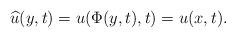
LaTeX: \begin{align*} \widehat u(y,t)=u(\Phi(y,t),t)=u(x,t).\end{align*}